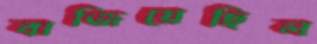
বাজিয়েছিল